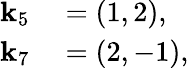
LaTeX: \begin{array}{rl}{\mathbf{k}_{5}}&{{}=\left(1,2\right),}\\ {\mathbf{k}_{7}}&{{}=\left(2,-1\right),}\end{array}